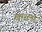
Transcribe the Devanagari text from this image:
खारला